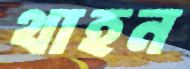
থাহন